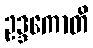
ဥဒ္ဒကောတိ